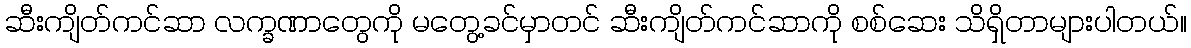
ဆီးကျိတ်ကင်ဆာ လက္ခဏာတွေကို မတွေ့ခင်မှာတင် ဆီးကျိတ်ကင်ဆာကို စစ်ဆေး သိရှိတာများပါတယ်။